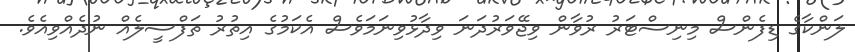
ލަންކާގެ ޑިފެންސް މިނިސްޓަރު ރުވާން ވިޖޭވަރުދަނަ ވިދާޅުވިނަމަވެސް އެކަމުގެ އިތުރު ތަފްސީލެއް ނުދެއްވިއެވެ.